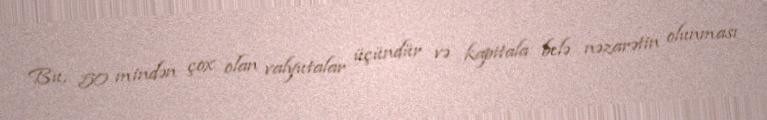
Bu, 50 mindən çox olan valyutalar üçündür və kapitala belə nəzarətin olunması